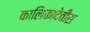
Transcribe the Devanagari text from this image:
कालिकादेवीस